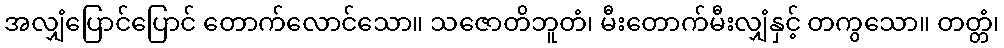
အလျှံပြောင်ပြောင် တောက်လောင်သော။ သဇောတိဘူတံ၊ မီးတောက်မီးလျှံနှင့် တကွသော။ တတ္တံ၊